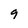
Character: 9